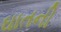
ઘાતની